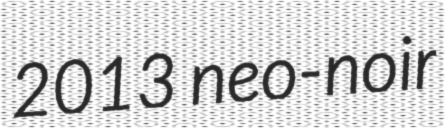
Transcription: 2013 neo-noir